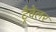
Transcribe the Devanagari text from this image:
ट्रैवेलर